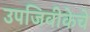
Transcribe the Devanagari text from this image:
उपजिवीकेचे